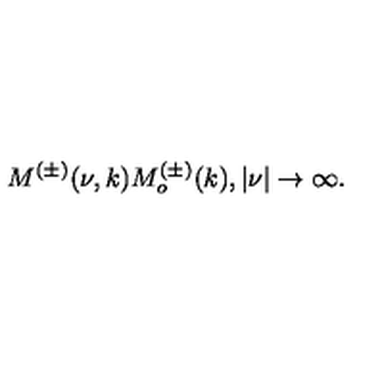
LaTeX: M ^ { ( \pm ) } ( \nu , k ) M _ { o } ^ { ( \pm ) } ( k ) , | \nu | \rightarrow \infty .